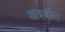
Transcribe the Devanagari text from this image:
छात्रवृत्‍ति